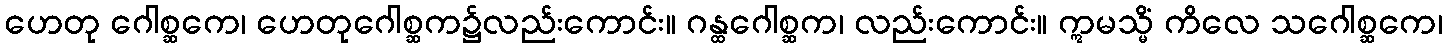
ဟေတု ဂေါစ္ဆကေ၊ ဟေတုဂေါစ္ဆက၌လည်းကောင်း။ ဂန္ထဂေါစ္ဆက၊ လည်းကောင်း။ ဣမသ္မိံ ကိလေ သဂေါစ္ဆကေ၊